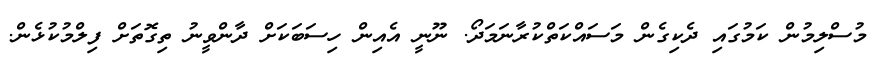
މުސްލިމުން ކަމުގައި ދެކިގެން މަސައްކަތްކުރާނަމަދޯ. ނޫނީ އެއިން ހިސަބަކަށް ދާންވީނު ތިގޮތަށް ފިލްމުކުޅެން.